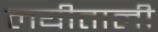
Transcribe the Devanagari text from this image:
लयीताली